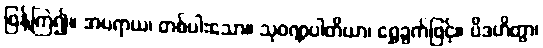
ဖြန့်ကြဲ၍။ အပရာယ၊ တစ်ပါးသော။ သုဝဏ္ဏပါတိယာ၊ ရွှေခွက်ဖြင့်။ ပိဒဟိတွာ၊